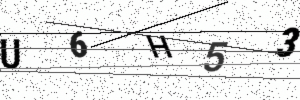
Text: U6H53